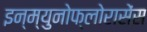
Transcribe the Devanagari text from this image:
इन्म्युनोफ्लोरासेंस